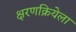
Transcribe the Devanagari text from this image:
क्षरणक्रियेला